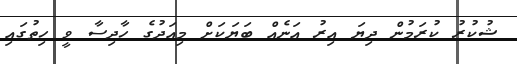
ޝުކުރު ކުރަމުން ދިޔަ އިރު އަނެއް ބަޔަކަށް މިއަދުގެ ހާދިސާ ވީ ހިތުގައި